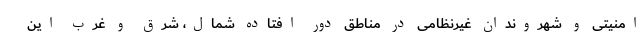
امنیتی و شهروندان غیرنظامی در مناطق دور افتاده شمال، شرق و غرب این